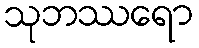
သုဘဿရော